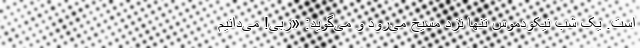
است. یک شب نیکودموس تنها نزد مسیح می‌رود و می‌گوید: «رَبّی! می‌دانیم